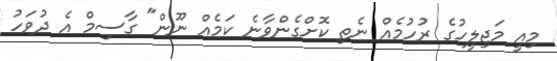
މިއީ މަޖިލީހުގެ ރުހުމެއް ނެތި ކޮށްގެންވާނެ ކަމެއް ނޫން" ގާސިމް އެ ދުވަހު